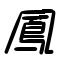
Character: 鳳